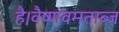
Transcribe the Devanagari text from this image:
है।वैष्णवमताब्ज